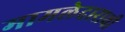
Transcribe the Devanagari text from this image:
मामलेदाराची